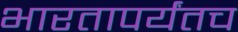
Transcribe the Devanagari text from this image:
भारतापर्यंतच